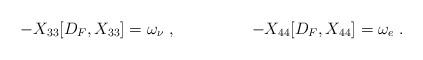
LaTeX: \begin{align*}-X_{33}[D_F,X_{33}] &=\omega_\nu \;, &-X_{44}[D_F,X_{44}] &=\omega_e \;.\end{align*}